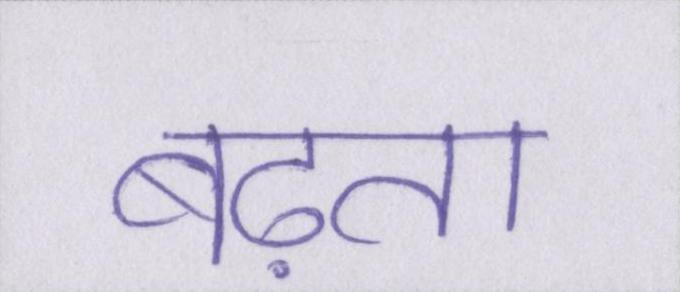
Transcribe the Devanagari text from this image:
बढ़ता